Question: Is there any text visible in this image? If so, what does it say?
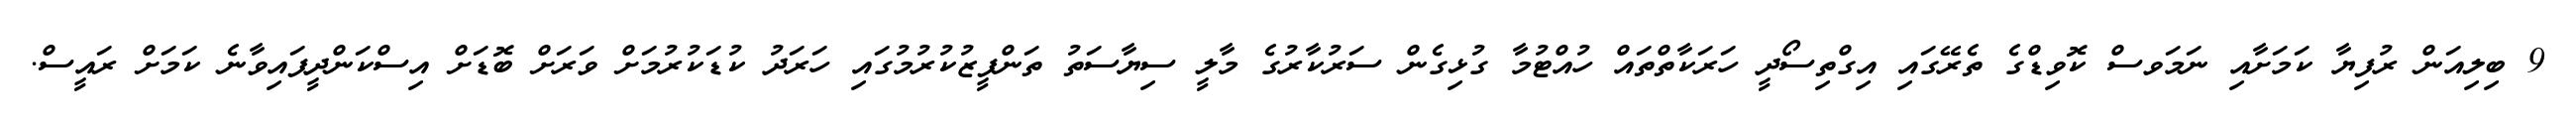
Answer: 9 ބިލިއަން ރުފިޔާ ކަމަށާއި ނަމަވސް ކޮވިޑްގެ ތެރޭގައި އިގްތިސޯދީ ހަރަކާތްތައް ހުއްޓުމާ ގުޅިގެން ސަރުކާރުގެ މާލީ ސިޔާސަތު ތަންފީޒުކުރުމުގައި ހަރަދު ކުޑަކުރުމަށް ވަރަށް ބޮޑަށް އިސްކަންދީފައިވާނެ ކަމަށް ރައީސް.